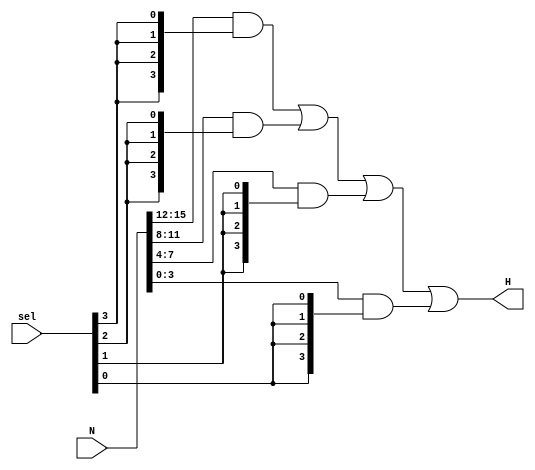
`timescale 1ns / 1ps
//////////////////////////////////////////////////////////////////////////////////
// Company: 
// Engineer: 
// 
// Design Name: 
// Module Name: selector
// Project Name: 
// Target Devices: 
// Tool Versions: 
// Description: 
// 
// Dependencies: 
// 
// Revision:
// Revision 0.01 - File Created
// Additional Comments:
// 
//////////////////////////////////////////////////////////////////////////////////


module selector(
    input [3:0] sel,
    input [15:0] N,
    output [3:0] H
    );
    /*
    H is x[15:12] when sel=(1000)
    H is x[11:8] when sel=(0100)
    H is x[7:4] when sel=(0010)
    H is x[3:0] when sel=(0001)
    */
    assign H = ((N[15:12] & {4{sel[3]}}) | (N[11:8] & {4{sel[2]}}) | (N[7:4] & {4{sel[1]}}) | (N[3:0] & {4{sel[0]}}));
    
endmodule